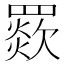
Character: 𦌗